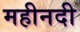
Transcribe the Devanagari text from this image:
महीनदी